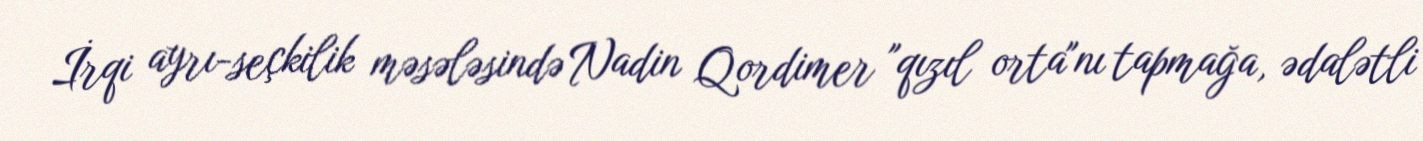
İrqi ayrı-seçkilik məsələsində Nadin Qordimer "qızıl orta"nı tapmağa, ədalətli